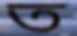
ত